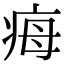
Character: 𤵝